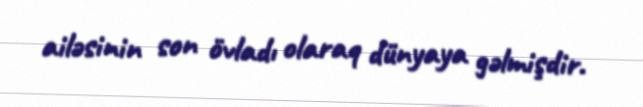
ailəsinin son övladı olaraq dünyaya gəlmişdir.